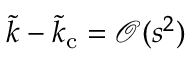
\tilde { k } - \tilde { k } _ { \mathrm { c } } = \mathcal { O } ( s ^ { 2 } )